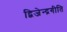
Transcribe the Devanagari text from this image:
द्विजेन्द्रगीति